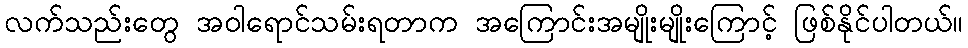
လက်သည်းတွေ အဝါရောင်သမ်းရတာက အကြောင်းအမျိုးမျိုးကြောင့် ဖြစ်နိုင်ပါတယ်။